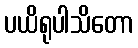
ပယိရုပါသိတော